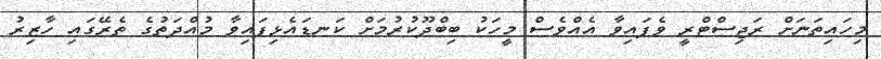
މިހައިތަނަށް ރަޖިސްޓްރީ ވެފައިވާ އެއްވެސް މީހަކު ބިބްދޫކުރުމަށް ކަނޑައެޅިފައިވާ މުއްދަތުގެ ތެރޭގައި ހާޒިރު